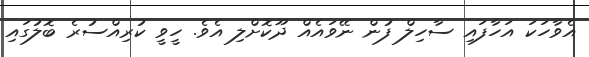
އެވާހަކަ އަހާފައި ސާހިލް ފުން ނޭވައެއް ދޫކޮށްލި އެވެ. ހީވީ ކުރިއްސުރެ ބޮލުގައި